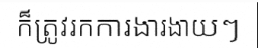
ក៏ត្រូវរកការងារងាយៗ